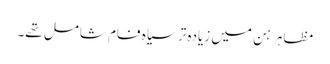
مظاہرہن میں زیادہ تر سیاہ فام شامل تھے۔